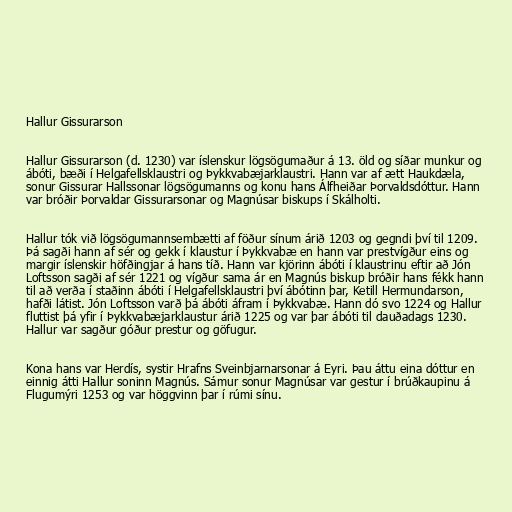
Hallur Gissurarson

Hallur Gissurarson (d. 1230) var íslenskur lögsögumaður á 13. öld og síðar munkur og
ábóti, bæði í Helgafellsklaustri og Þykkvabæjarklaustri. Hann var af ætt Haukdæla,
sonur Gissurar Hallssonar lögsögumanns og konu hans Álfheiðar Þorvaldsdóttur. Hann
var bróðir Þorvaldar Gissurarsonar og Magnúsar biskups í Skálholti.

Hallur tók við lögsögumannsembætti af föður sínum árið 1203 og gegndi því til 1209.
Þá sagði hann af sér og gekk í klaustur í Þykkvabæ en hann var prestvígður eins og
margir íslenskir höfðingjar á hans tíð. Hann var kjörinn ábóti í klaustrinu eftir að Jón
Loftsson sagði af sér 1221 og vígður sama ár en Magnús biskup bróðir hans fékk hann
til að verða í staðinn ábóti í Helgafellsklaustri því ábótinn þar, Ketill Hermundarson,
hafði látist. Jón Loftsson varð þá ábóti áfram í Þykkvabæ. Hann dó svo 1224 og Hallur
fluttist þá yfir í Þykkvabæjarklaustur árið 1225 og var þar ábóti til dauðadags 1230.
Hallur var sagður góður prestur og göfugur.

Kona hans var Herdís, systir Hrafns Sveinbjarnarsonar á Eyri. Þau áttu eina dóttur en
einnig átti Hallur soninn Magnús. Sámur sonur Magnúsar var gestur í brúðkaupinu á
Flugumýri 1253 og var höggvinn þar í rúmi sínu.